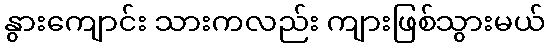
နွားကျောင်း သားကလည်း ကျားဖြစ်သွားမယ်